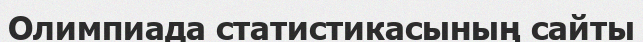
Олимпиада статистикасының сайты